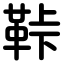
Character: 鞐